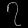
Digit: ၇